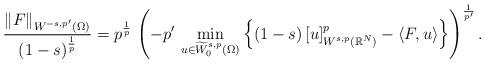
LaTeX: \begin{align*}\frac{\|F\|_{W^{-s,p'}(\Omega)}}{(1-s)^\frac{1}{p}}=p^\frac{1}{p}\,\left(-p'\,\min_{u\in \widetilde W^{s,p}_0(\Omega)} \left\{(1-s)\,[u]^p_{ W^{s,p}(\mathbb{R}^N)}-\langle F,u\rangle\right\}\right)^\frac{1}{p'}.\end{align*}